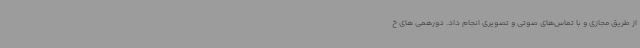
از طریق مجازی و با تماس‌های صوتی و تصویری انجام داد. دورهمی های خ